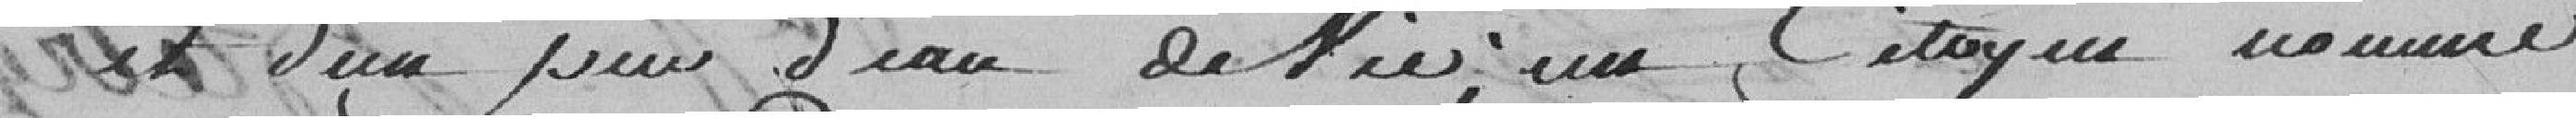
et d'un pot? d'eau de vie, un citoyen nommé